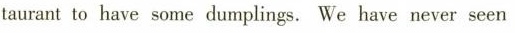
taurant to have some dumplings. We have never seen